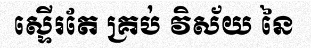
ស្ទើរតែ គ្រប់ វិស័យ នៃ